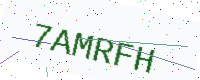
Text: 7AMRFH